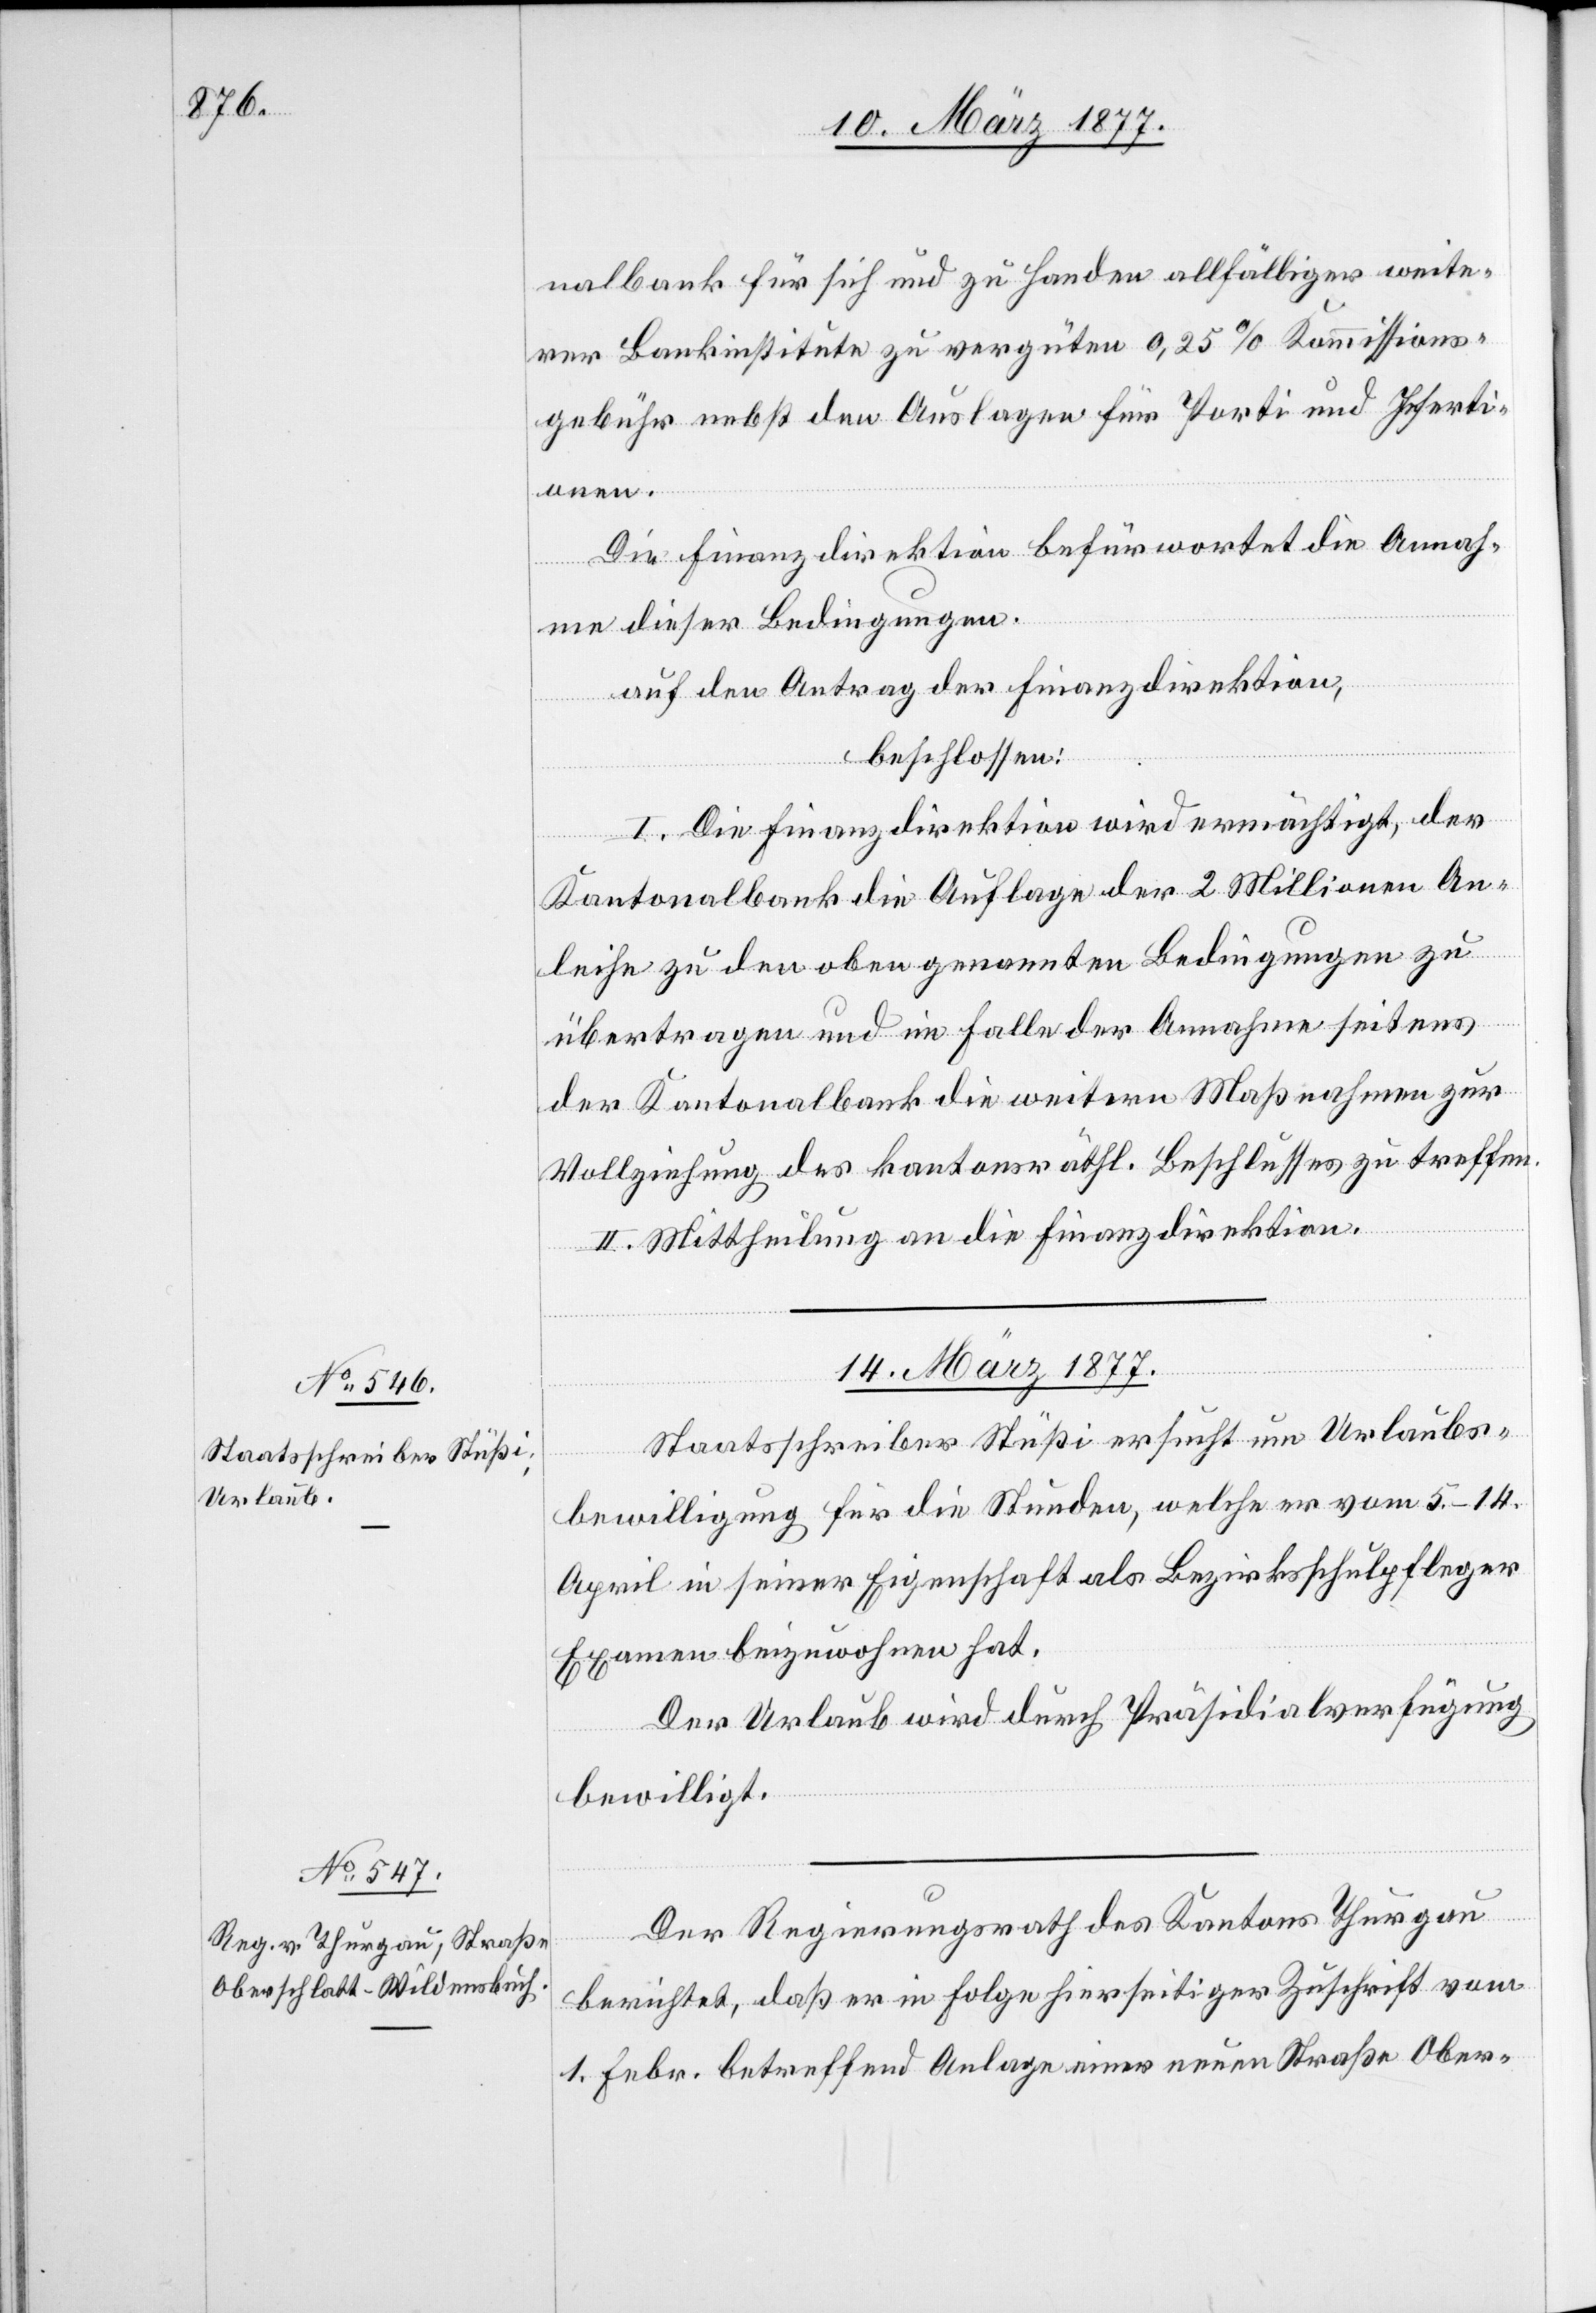
nalbank für sich und zu Handen allfälliger weite¬
rer Bankinstitute zu vergüten 0,25% Kommissions¬
gebühr nebst den Auslagen für Porti und Inserti¬
onen.
Die Finanzdirektion befürwortet die Annah¬
me dieser Bedingungen.
auf den Antrag der Finanzdirektion,
beschlossen:
I. Die Finanzdirektion wird ermächtigt, der
Kantonalbank die Auflage der 2 Millionen An¬
leihe zu den oben genannten Bedingungen zu
übertragen und im Falle der Annahme seitens
der Kantonalbank die weitern Maßnahmen zur
Vollziehung des kantonsräthl. Beschlusses zu treffen.
II. Mittheilung an die Finanzdirektion.
14. März 1877.]
Staatsschreiber Stüßi ersucht um Urlaubs¬
bewilligung für die Stunden, welche er vom 5.–14.
April in seiner Eigenschaft als Bezirksschulpfleger
Examen beizuwohnen hat.
Der Urlaub wird durch Präsidialverfügung
bewilligt.
Der Regierungsrath des Kantons Thurgau
berichtet, daß er in Folge hierseitiger Zuschrift vom
1. Febr. betreffend Anlage einer neuen Straße Ober-